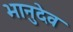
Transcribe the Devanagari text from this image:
भानुदेव